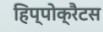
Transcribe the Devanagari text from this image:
हिप्पोक्रैटस